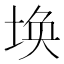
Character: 𮰥